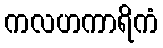
ကလဟကာရိကံ